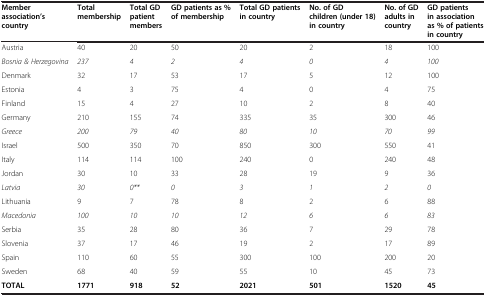
<table><thead><tr><td><b>Member association’s country</b></td><td><b>Total membership</b></td><td><b>Total GD patient members</b></td><td><b>GD patients as%of membership</b></td><td><b>Total GD patients in country</b></td><td><b>No. of GD children (under 18) in country</b></td><td><b>No. of GD adults in country</b></td><td><b>GD patients in association as % of patients in country</b></td></tr></thead><tbody><tr><td>Austria</td><td>40</td><td>20</td><td>50</td><td>20</td><td>2</td><td>18</td><td>100</td></tr><tr><td><i>Bosnia &amp; Herzegovina</i></td><td><i>237</i></td><td><i>4</i></td><td><i>2</i></td><td><i>4</i></td><td><i>0</i></td><td><i>4</i></td><td><i>100</i></td></tr><tr><td>Denmark</td><td>32</td><td>17</td><td>53</td><td>17</td><td>5</td><td>12</td><td>100</td></tr><tr><td>Estonia</td><td>4</td><td>3</td><td>75</td><td>4</td><td>0</td><td>4</td><td>75</td></tr><tr><td>Finland</td><td>15</td><td>4</td><td>27</td><td>10</td><td>2</td><td>8</td><td>40</td></tr><tr><td>Germany</td><td>210</td><td>155</td><td>74</td><td>335</td><td>35</td><td>300</td><td>46</td></tr><tr><td><i>Greece</i></td><td><i>200</i></td><td><i>79</i></td><td><i>40</i></td><td><i>80</i></td><td><i>10</i></td><td><i>70</i></td><td><i>99</i></td></tr><tr><td>Israel</td><td>500</td><td>350</td><td>70</td><td>850</td><td>300</td><td>550</td><td>41</td></tr><tr><td>Italy</td><td>114</td><td>114</td><td>100</td><td>240</td><td>0</td><td>240</td><td>48</td></tr><tr><td>Jordan</td><td>30</td><td>10</td><td>33</td><td>28</td><td>19</td><td>9</td><td>36</td></tr><tr><td><i>Latvia</i></td><td><i>30</i></td><td><i>0**</i></td><td><i>0</i></td><td><i>3</i></td><td><i>1</i></td><td><i>2</i></td><td><i>0</i></td></tr><tr><td>Lithuania</td><td>9</td><td>7</td><td>78</td><td>8</td><td>2</td><td>6</td><td>88</td></tr><tr><td><i>Macedonia</i></td><td><i>100</i></td><td><i>10</i></td><td><i>10</i></td><td><i>12</i></td><td><i>6</i></td><td><i>6</i></td><td><i>83</i></td></tr><tr><td>Serbia</td><td>35</td><td>28</td><td>80</td><td>36</td><td>7</td><td>29</td><td>78</td></tr><tr><td>Slovenia</td><td>37</td><td>17</td><td>46</td><td>19</td><td>2</td><td>17</td><td>89</td></tr><tr><td>Spain</td><td>110</td><td>60</td><td>55</td><td>300</td><td>100</td><td>200</td><td>20</td></tr><tr><td>Sweden</td><td>68</td><td>40</td><td>59</td><td>55</td><td>10</td><td>45</td><td>73</td></tr><tr><td><b>TOTAL</b></td><td><b>1771</b></td><td><b>918</b></td><td><b>52</b></td><td><b>2021</b></td><td><b>501</b></td><td><b>1520</b></td><td><b>45</b></td></tr></tbody></table>